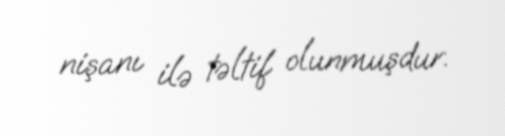
nişanı ilə təltif olunmuşdur.